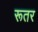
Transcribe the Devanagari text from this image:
रूतर